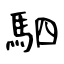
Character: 駟